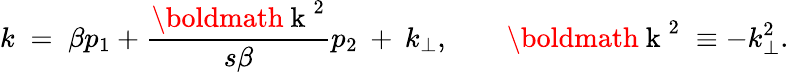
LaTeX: k\; =\; \beta p_{1}+\frac{\mathrm{\boldmath~k~}^{2}}{s\beta}p_{2}\: +\: k_{\perp},\quad\quad\mathrm{\boldmath~k~}^{2}\; \equiv-k_{\perp}^{2}.